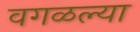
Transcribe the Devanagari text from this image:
वगळल्या